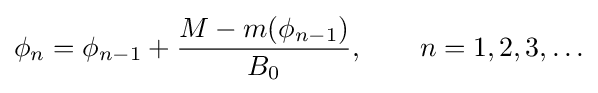
{\begin{aligned}\phi _{n}=\phi _{n-1}+{\frac {M-m(\phi _{n-1})}{B_{0}}},\qquad n=1,2,3,\ldots \end{aligned}}